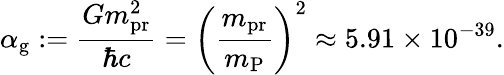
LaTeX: \alpha_{\mathrm{g}}:=\frac{Gm_{\mathrm{pr}}^{2}}{\hbar c}=\left(\frac{m_{\mathrm{pr}}}{m_{\mathrm{P}}}\right)^{2}\approx 5.91\times 10^{-39}.